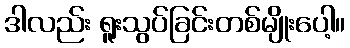
ဒါလည်း ရူးသွပ်ခြင်းတစ်မျိုးပေါ့။